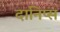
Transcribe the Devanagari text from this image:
दानिप्स